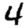
Digit: 4